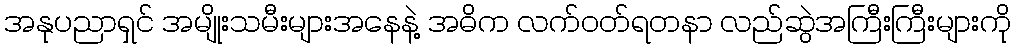
အနုပညာရှင် အမျိုးသမီးများအနေနဲ့ အဓိက လက်ဝတ်ရတနာ လည်ဆွဲအကြီးကြီးများကို